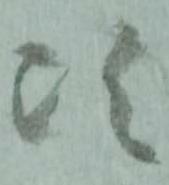
次